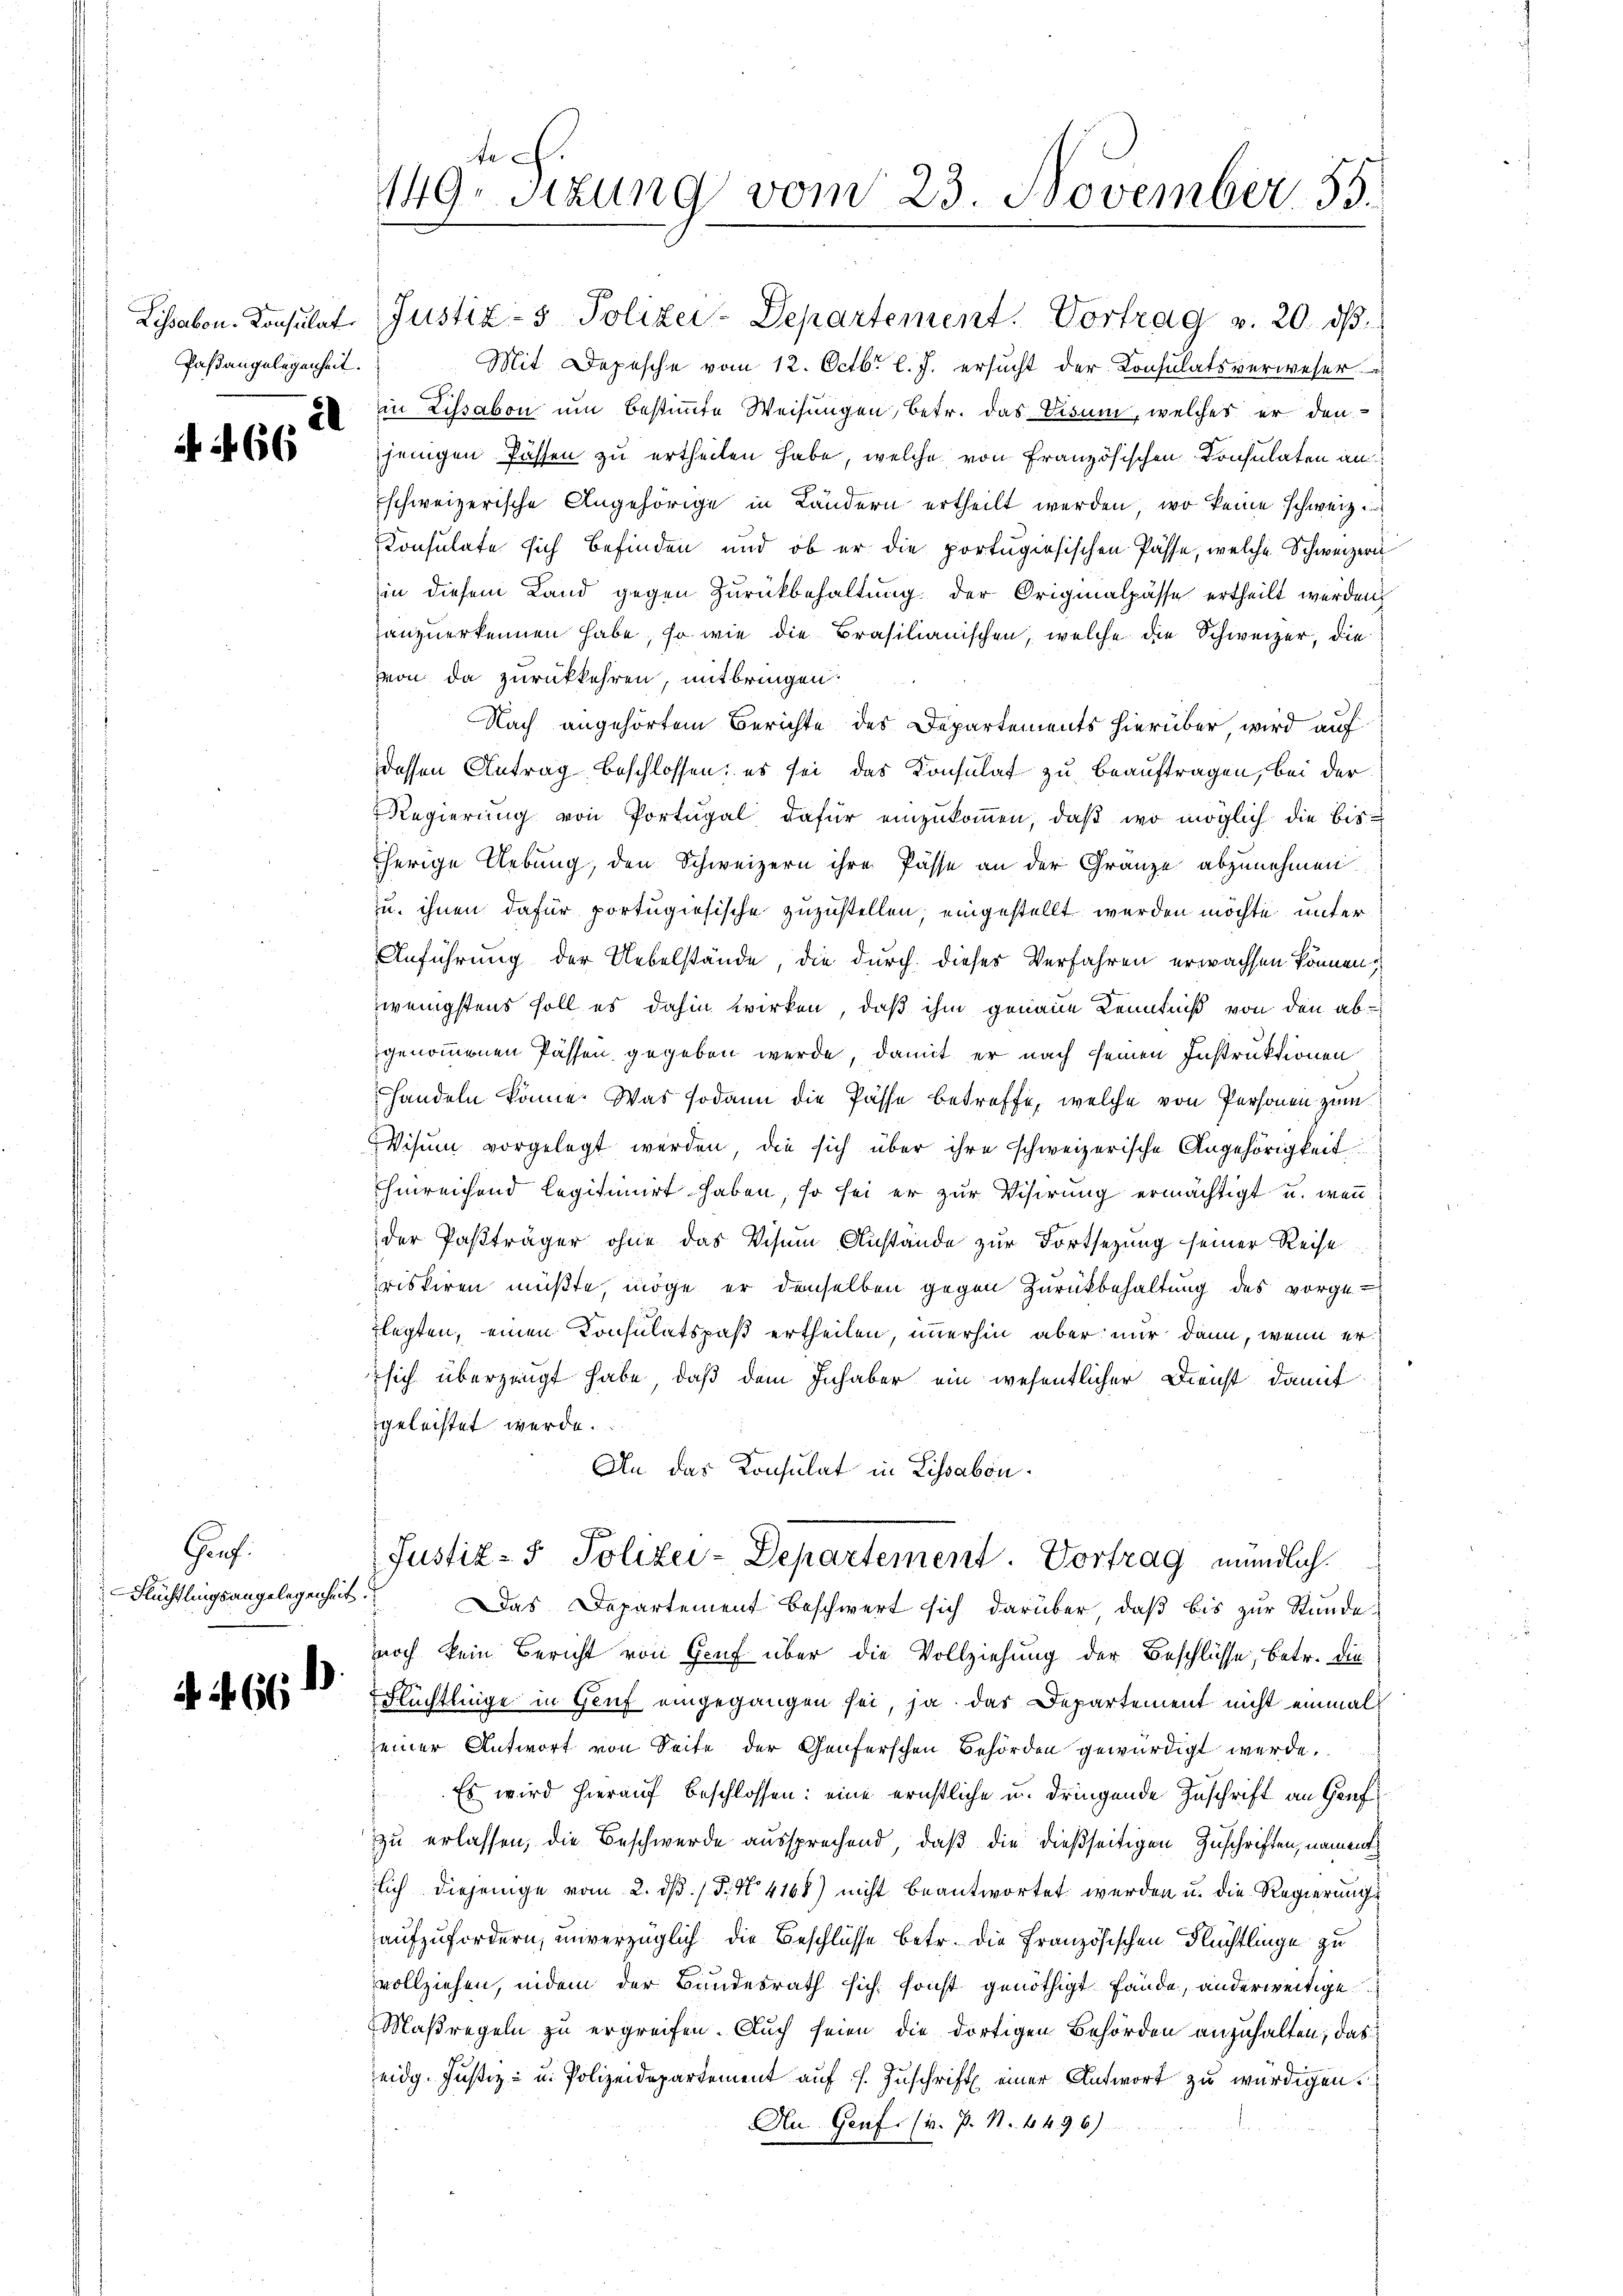
Paßangelegenheit.

.
A 466

Gang.
Flüchtlingsangelegenheit

.
 N. 66

x
149. Sitzung vom 23. November 55.

Lissabon. Consulat (Justiz- & Polizei-Departement Vortrag v. 20. dβ.
Mit Depesche vom 12. Octbr. l. J. ersucht der Consulatsverweser
in Lissabon um bestimmte Weisungen, betr. das Visum, welches er den
jenigen Pässen zu ertheilen habe, welche von Französischen Consulaten im
schweizerische Angehörige in Ländern ertheilt werden, wo keine schweiz.
Konsulate sich befinden und ob er die portugisischen Pässe, welche Schweizern
in diesem Land gegen Zurückbehaltung der Originalpässe ertheilt werden,
anzuerkennen habe, so wie die Brasilianischen, welche die Schweizer, die
von da zurückkehren, mitbringen.
Nach angehörtem Berichte des Departements hierüber, wird auf
dessen Antrag beschlossen; es sei das Konsulat zu beauftragen, bei der
Regierung von Portugal dafür einzukommen, daß wo möglich die bisherige Uebung, den Schweizern ihre Pässe an der Gränze abzunehmen
zu ihnen dafür portugisische zuzustellen, eingestellt werden möchte unter
Anführung der Uebelstände, die durch dieser Verfahren erwachsen können,
wenigstens soll es dahin wirken, daß ihm genaue Kenntniß von den abgenommenen Passen gegeben werde, damit er nach seinen Instruktionen
handeln könne. Was sodann die Pässe betreffe, welche von Personen zum
Visum vorgelegt werden, die sich über ihre schweizerische Angehörigkeit
Ehinreichend legitimirt haben, so sei er zur Visirung ermächtigt u. wenn
der Pasträger ohne das Visum Anstände zur Fortsetzung seiner Reise
riskiren müßte, möge er denselben gegen Zurückbehaltung des vorgeflegten, einen Konsulatspaß ertheilen, immerhin aber nur dann, wenn er
sich überzeugt habe, daß dem Inhaber ein wesentlicher Dienst damit
geleistet werde.
An das Konsulat in Lissabon.
Justiz- & Polizei-Departement. Vortrag mündlich.
Das Departement beschwert sich darüber, daß bis zur Stunde
noch kein Bericht von Gruf über die Vollziehung der Beschlüsse, betr. die
Flüchtlinge in Gruf eingegangen sei, ja das Departement nicht einmal
seiner Antwort von Seite der Genferschen Behörden gewürdigt werde.
Es wird hierauf beschlossen: eine ernstliche u. dringende Zuschrift an Grufzu erlassen, die Beschwerde aussprechend, daß die dießseitigen Zuschriften, nament
lich diejenige vom 2. dß. / 5. No 4168) nicht beantwortet werden u. die Regierungsaufzufordern, unverzüglich die Beschlüsse betr. die Französischen Flüchtlinge zu
vollziehen, indem der Bundesrath sich sonst genöthigt fände, anderweitige
Maßregeln zu ergreifen. Auch seien die dortigen Behörden anzuhalten, das
eidg. Justiz- u. Polizeidepartement auf s. Zuschrift einer Antwort zu würdigen.
An Genf. (v. P. N. 4496)